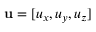
{ \bf { u } } = [ { u _ { x } } , { u _ { y } } , { u _ { z } } ]